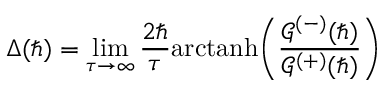
\Delta ( \hbar ) = \operatorname* { l i m } _ { \tau \to \infty } \frac { 2 \hbar } { \tau } \mathrm { a r c t a n h } \Bigg ( \frac { \mathcal { G } ^ { ( - ) } ( \hbar ) } { \mathcal { G } ^ { ( + ) } ( \hbar ) } \Bigg )